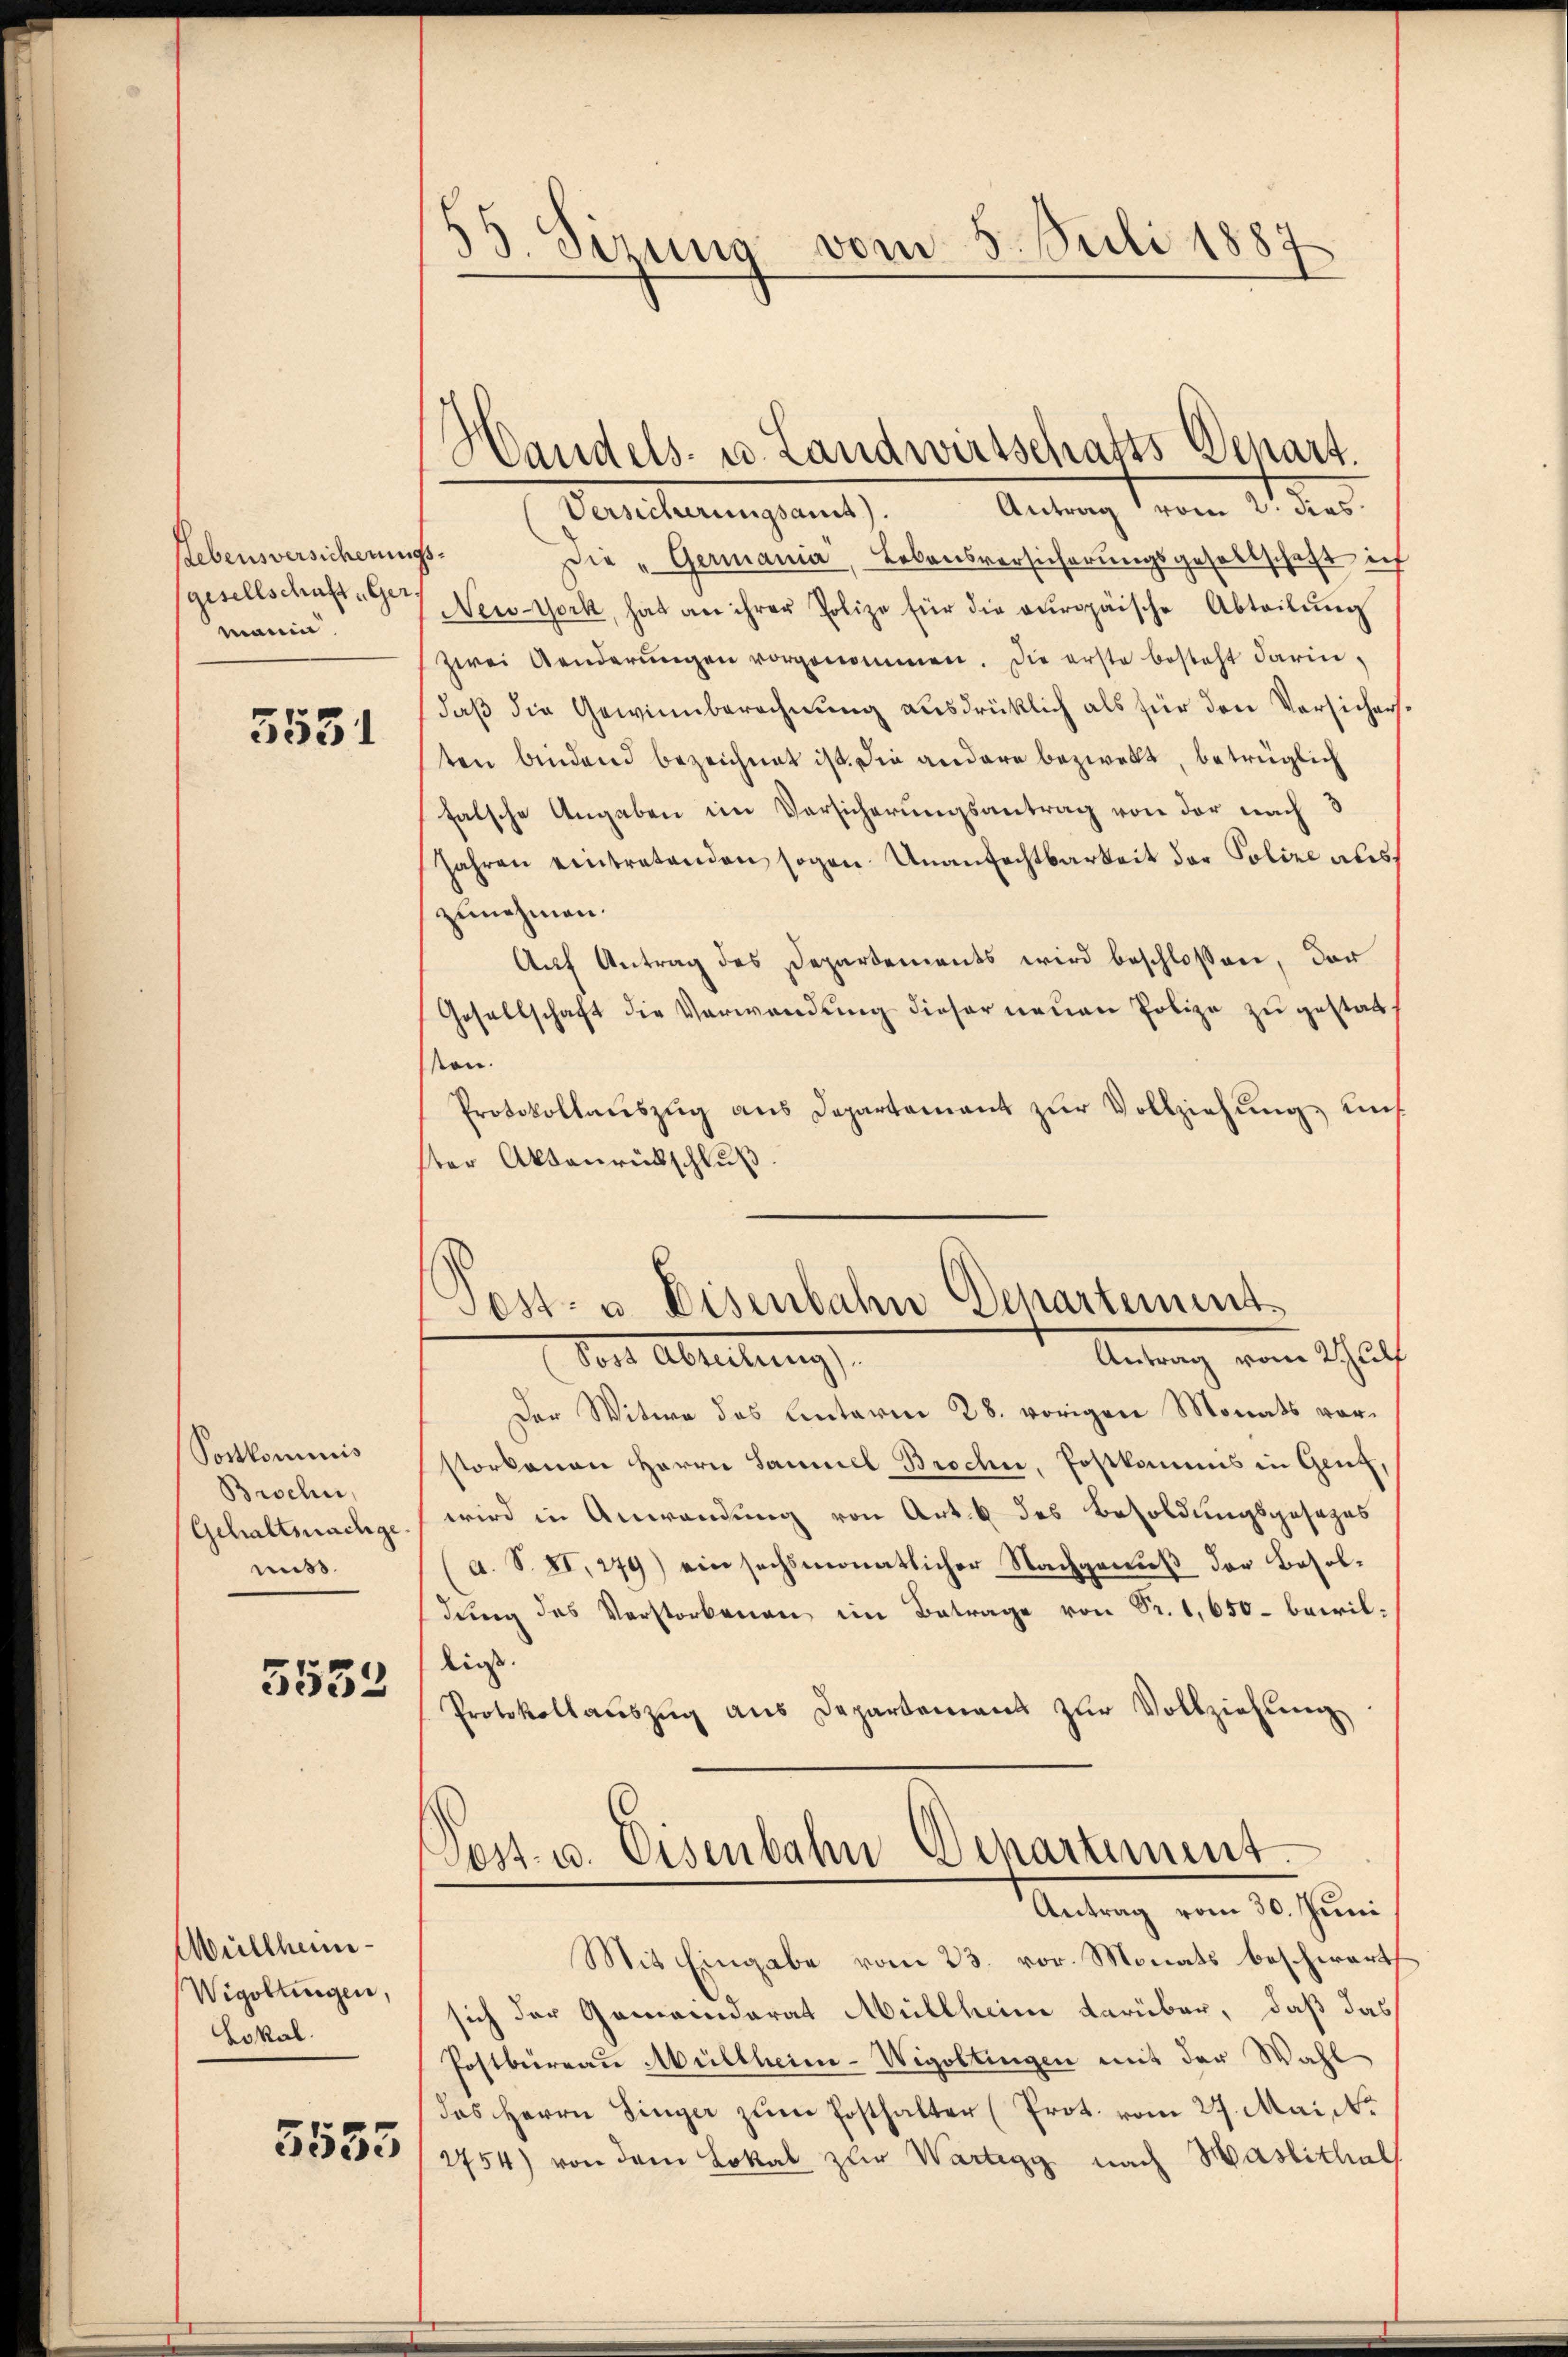
Rebensversicherung
(gesellschaft, Ger
manin

5531

Postkominis
Bischen,
Gehaltsachgemis.

5532

Wüllheim-
Wigollingen,
Lokal.

5535

35 Sizung
vom 5. Juli 1887

Handels- u. Landwirtschafts Schart.
Ainung deren Inter
Versicherungsamt).
.
Die „Germania, Lebensversicherungsgesellschaft ich
New-York, hat an ihrer Polize für die europäische Abteilŭng
zwei Aenderŭngen vorgenommen. Die erste besteht darin,
daß die Gewinnberechnung ausdrücklich als für den Versichersten bindend bezeichnet ist. Die andere bezweit, betrüglich
falsche Angaben im Versicherungsantrag von der nach 3
Jahren eintretenden sogen Unanfechtbarkeit der Polize als
zunehmen.
Auf Antrag des Departements wird beschlossen, der
Gesellschaft die Verwendung dieser neuen Polize zu gestattson.
Protokollauszug aus Departement zur Vollziehung uns
ster Abbaurückschluß

Post- u. Eisenbahn Departement
Antrag vom Schulf

Vor Ableitung
Der Witwe des Linterm 28. vorigen Monats vorstorbenen Herrn Sammel Broche, Postkommnis in Genf,
wird in Anwendung von Art. 6 des Besoldungsgesezes
a. S. XI, 279) ein sechsmonatlicher Nachgenuß der Besoldung des Verstorbenen im Betrage von Fr. 1,650- bewilliess.
Protokollaŭszŭg aŭs Departement zŭr Vollziehung
Pest. u. Eisenbahn Denartement
Antrag vom 30. Juni
Mit Eingabe vom 23. vor. Monats beschwart
sich der Gemeinderat Müllheim darüber, daß das
Postbüreau Müllheim-Wigoltingen mit der Wahl-
das Herrn Singer zum Posthalter (Prot. vom 27. Mai 1
2754) von dem Lokal zur Wartigg nach Haslithal